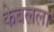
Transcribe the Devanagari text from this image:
केबलला